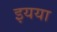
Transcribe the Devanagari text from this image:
इयया